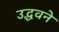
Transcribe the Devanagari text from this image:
उद्धवने